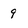
Character: 9